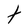
Character: t